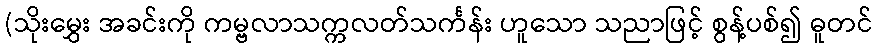
(သိုးမွှေး အခင်းကို ကမ္ဗလာသက္ကလတ်သင်္ကန်း ဟူသော သညာဖြင့် စွန့်ပစ်၍ ဓူတင်